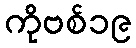
ကိုဗစ်၁၉